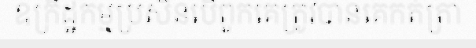
ឧក្រិដ្ឋកម្មប្រសិនបើពួកគេត្រូវបានគេកត់ត្រា